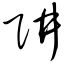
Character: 阱